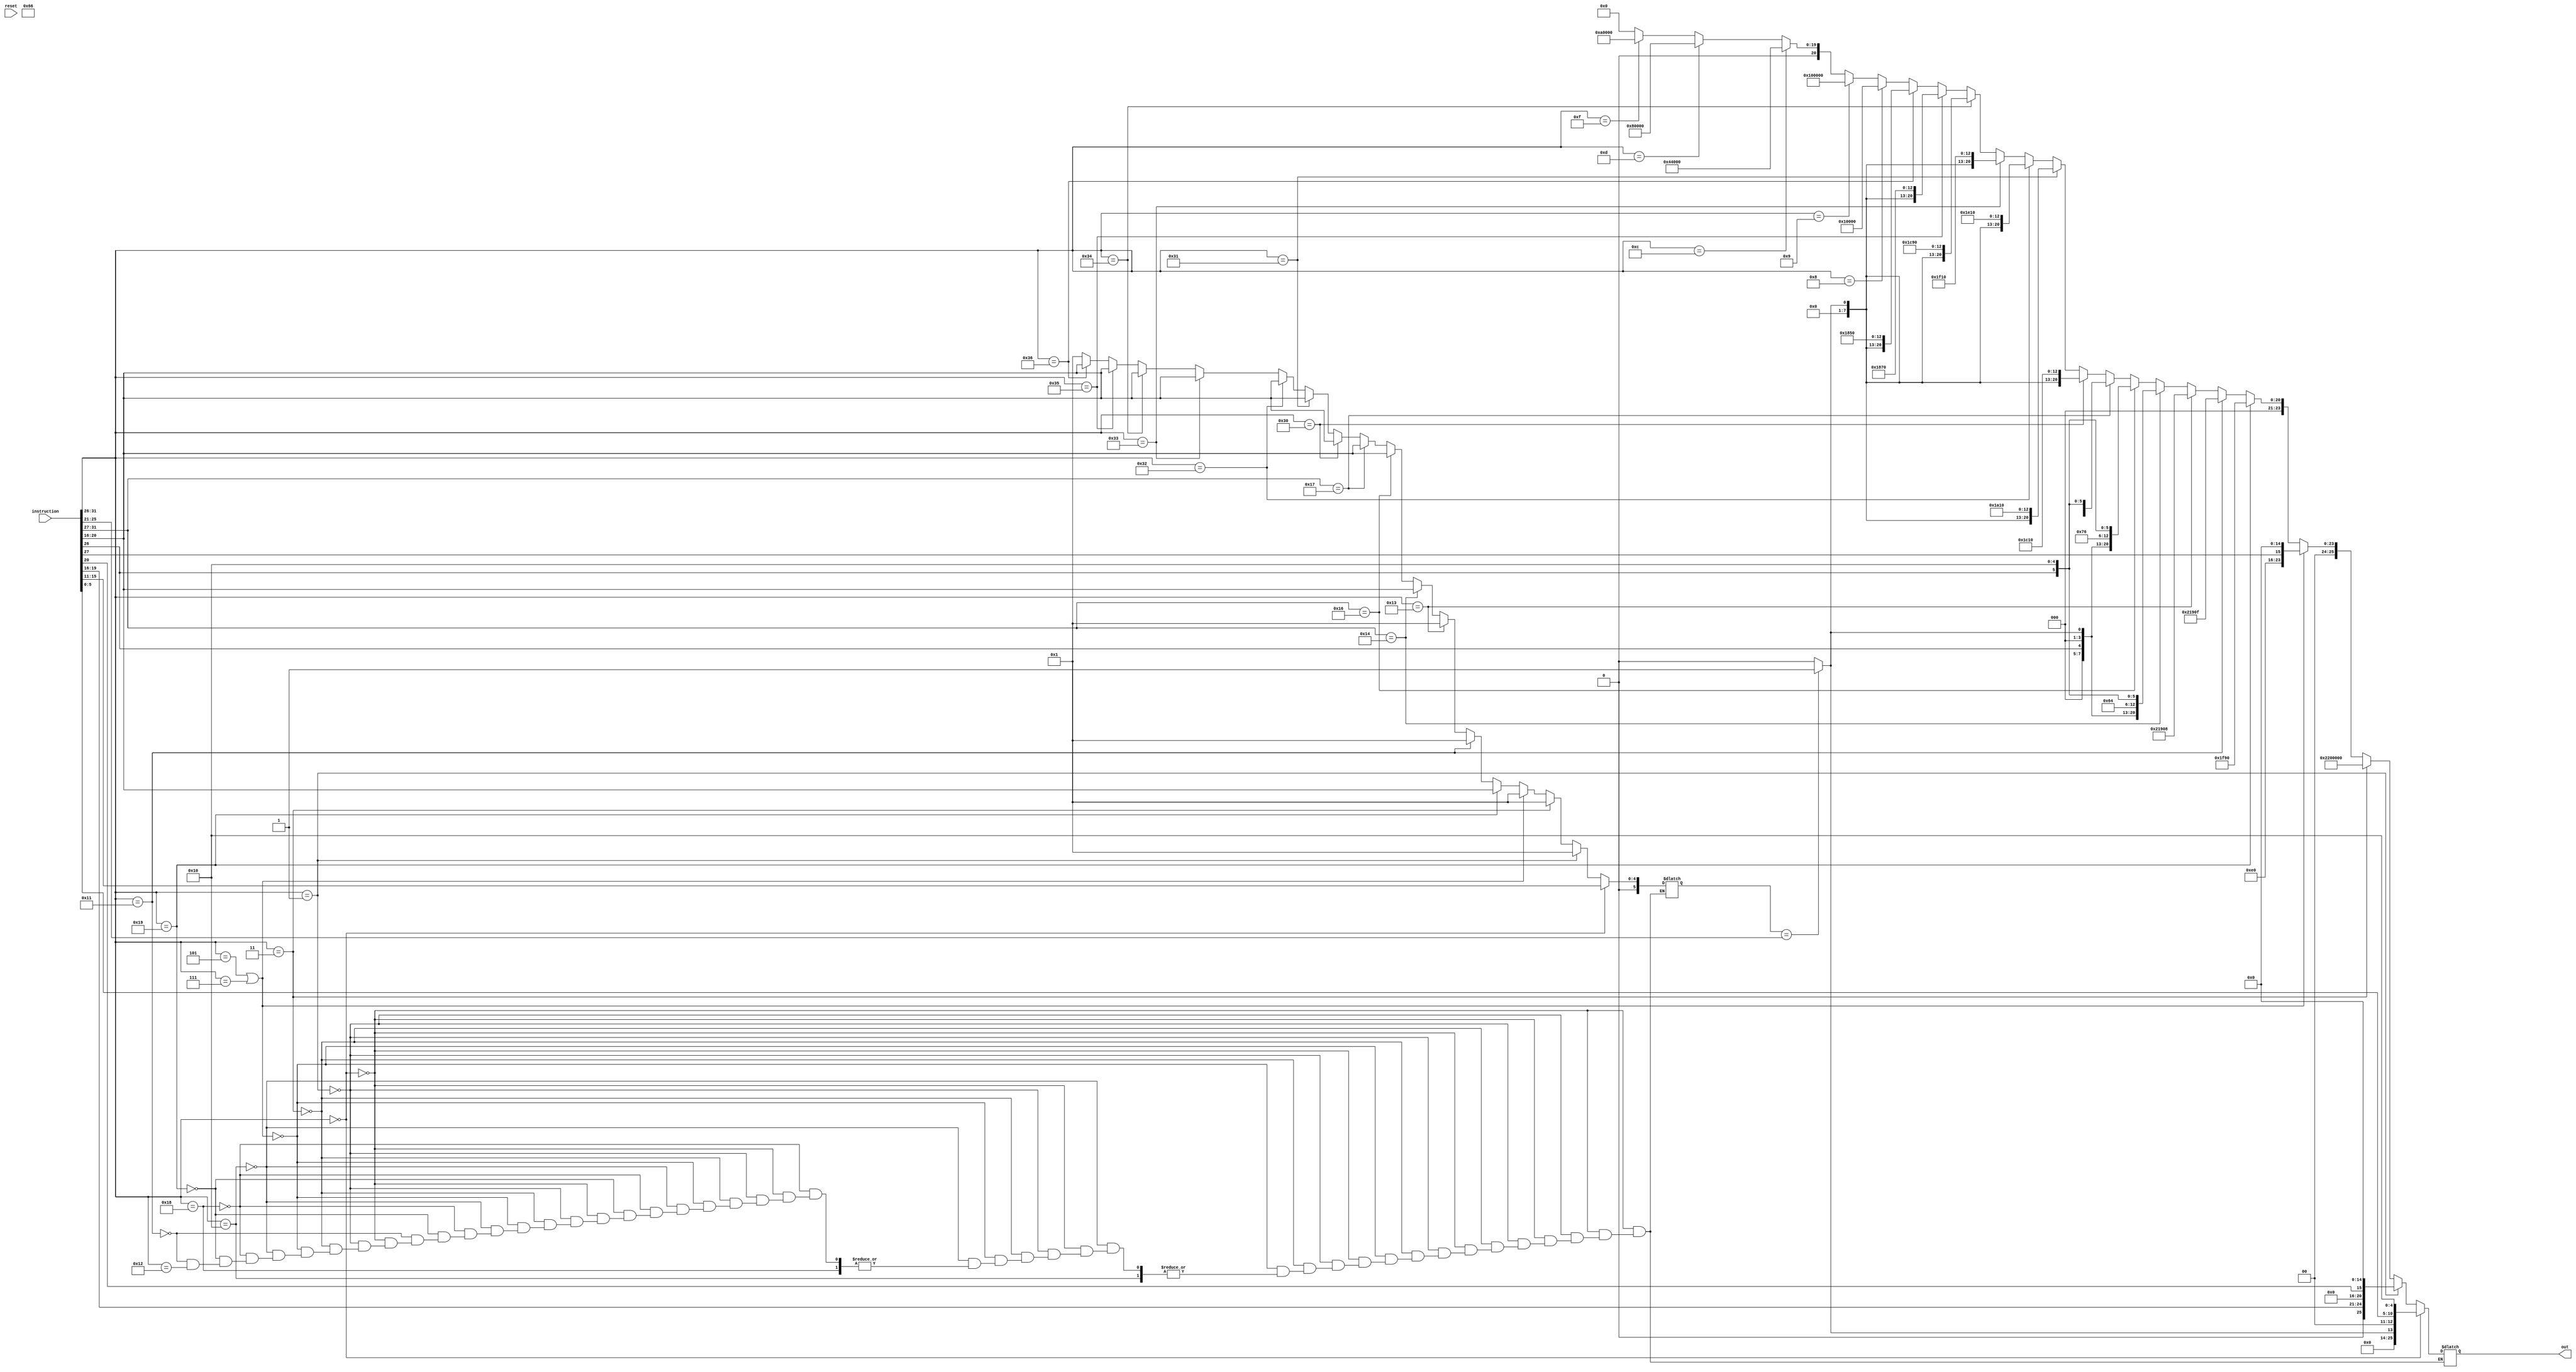
module Control(
	input [31:0]instruction,
	input reset,
	output reg [25:0]out);

	reg [5:0]reg1;
	reg bypass;

	always @(instruction) begin
		//REGUALR ALU
		if(instruction[31:26]==6'b000000) begin 
			//move instruction[5:0] as the opcode--Remember that immen does not matter
			if(reg1=={1'b0, instruction[25:21]}) begin
				bypass=1;
			end
			else begin
				bypass=0;
			end
			out={12'b000000000000, bypass, 2'b00, instruction[5:0], 5'b10000};
			reg1={1'b0, instruction[15:11]};
		end
		//REGULAR BRANCHES
		else if(instruction[31:26]==6'b000001) begin 
			out={1'b0, instruction[19:16], 5'b00000, instruction[20], 10'b0000000000, 5'b00000};
			reg1=6'b000001;
		end
		//SPECIAL BRANCHES
		else if(instruction[31:26]==6'b000011) begin //BEQ
			out={5'b10001, 7'b0000000, 9'b000000000, 5'b00000};
			reg1=6'b000001;
		end
		else if(instruction[31:26]==6'b000101 || instruction[31:26]==6'b000111) begin //J+AL
			//turn bit 14(EWrite) of control to instruction[27], saves hardware.
			out={5'b00111, 5'b00000, instruction[27], 10'b0000000000, 5'b00000};
			reg1=6'b000001;
		end
		//MEMORY INSTRUCTIONS
		else if(instruction[31:26]==6'b010000) begin //LB
			//maybe remove this instruction
		end
		else if(instruction[31:26]==6'b011000) begin //LL
			//I don't know what this is
		end
		else if(instruction[31:26]==6'b011001) begin //LUI
			out={5'b00000, 10'b0000000011, 6'b111100, 5'b10000};
			reg1={1'b0, instruction[20:16]};
		end
		else if(instruction[31:26]==6'b010001) begin //LW
			out={5'b00000, 10'b0001000011, 6'b001000, 5'b01111};
			reg1=6'b000001;
		end
		else if(instruction[31:26]==6'b010010) begin //SB
			//maybe remove this instruction
		end
		else if(instruction[31:26]==6'b010011) begin //SW
			out={5'b00000, 10'b0001000011, 6'b001000, 5'b01000};
			reg1=6'b000001;
		end
		//IMMEDIATE ALU
		else if(instruction[31:27]==5'b10100) begin //ADDI+U
			if(reg1=={1'b0, instruction[25:21]}) begin
				bypass=1;
			end
			else begin
				bypass=0;
			end
			out={5'b00000, 3'b000, instruction[26], 3'b000, bypass, 2'b11, 5'b00100, instruction[26], 5'b10000};
			reg1={1'b0, instruction[20:16]};
		end
		else if(instruction[31:27]==5'b10110) begin //SLTI+U
			if(reg1=={1'b0, instruction[25:21]}) begin
				bypass=1;
			end
			else begin
				bypass=0;
			end
			out={5'b00000, 3'b000, instruction[26], 3'b000, bypass, 2'b11, 5'b10110, instruction[26], 5'b10000};
			reg1={1'b0, instruction[20:16]};
		end
		else if(instruction[31:27]==5'b10111) begin //SUBI+U
			if(reg1=={1'b0, instruction[25:21]}) begin
				bypass=1;
			end
			else begin
				bypass=0;
			end
			out={5'b00000, 3'b000, instruction[26], 3'b000, bypass, 2'b11, 5'b00110, instruction[26], 5'b10000};
			reg1={1'b0, instruction[20:16]};
		end
		else if(instruction[31:26]==6'b110000) begin //ANDI
			if(reg1=={1'b0, instruction[25:21]}) begin
				bypass=1;
			end
			else begin
				bypass=0;
			end
			out={5'b00000, 7'b0000000, bypass, 2'b11, 6'b100000,  5'b10000};
			reg1={1'b0, instruction[20:16]};
		end
		else if(instruction[31:26]==6'b110001) begin //NORI
			if(reg1=={1'b0, instruction[25:21]}) begin
				bypass=1;
			end
			else begin
				bypass=0;
			end
			out={5'b00000, 7'b0000000, bypass, 2'b11, 6'b010000,  5'b10000};
			reg1={1'b0, instruction[20:16]};
		end
		else if(instruction[31:26]==6'b110010) begin //ORI
			if(reg1=={1'b0, instruction[25:21]}) begin
				bypass=1;
			end
			else begin
				bypass=0;
			end
			out={5'b00000, 7'b0000000, bypass, 2'b11, 6'b110000,  5'b10000};
			reg1={1'b0, instruction[20:16]};
		end
		else if(instruction[31:26]==6'b110011) begin //XORI
			if(reg1=={1'b0, instruction[25:21]}) begin
				bypass=1;
			end
			else begin
				bypass=0;
			end
			out={5'b00000, 7'b0000000, bypass, 2'b11, 6'b111000,  5'b10000};
			reg1={1'b0, instruction[20:16]};
		end
		else if(instruction[31:26]==6'b110100) begin //SLLI
			if(reg1=={1'b0, instruction[25:21]}) begin
				bypass=1;
			end
			else begin
				bypass=0;
			end
			out={5'b00000, 7'b0000000, bypass, 2'b11, 6'b100100,  5'b10000};
			reg1={1'b0, instruction[20:16]};
		end
		else if(instruction[31:26]==6'b110101) begin //SRAI
			if(reg1=={1'b0, instruction[25:21]}) begin
				bypass=1;
			end
			else begin
				bypass=0;
			end
			out={5'b00000, 7'b0000000, bypass, 2'b11, 6'b000011,  5'b10000};
			reg1={1'b0, instruction[20:16]};
		end
		else if(instruction[31:26]==6'b110110) begin //SRLI
			if(reg1=={1'b0, instruction[25:21]}) begin
				bypass=1;
			end
			else begin
				bypass=0;
			end
			out={5'b00000, 7'b0000000, bypass, 2'b11, 6'b000010,  5'b10000};
			reg1={1'b0, instruction[20:16]};
		end
		//SYSTEM CALLS
		else if(instruction[31:26]==6'b001000) begin //SLEEP
			out={5'b00000, 10'b0000100000, 6'b000000, 5'b00000};
			reg1=6'b000001;
		end
		else if(instruction[31:26]==6'b001001) begin //EXIT
			out={5'b00000, 10'b1000000000, 6'b000000, 5'b00000};
			reg1=6'b000001;
		end
		else if(instruction[31:26]==6'b001100) begin //BCPU
			out={5'b00000, 10'b0010001000, 6'b000000, 5'b00000};
			reg1=6'b000001;
		end
		else if(instruction[31:26]==6'b001101) begin //BCPUJ
			out={5'b00000, 10'b0100000000, 6'b000000, 5'b00000};
			reg1=6'b000001;
		end
		else if(instruction[31:26]==6'b001111) begin //BCPUJR
			out={5'b00000, 10'b0101000000, 6'b000000, 5'b00000};
			reg1=6'b000001;
		end
		else begin
			out=25'd0;
		 	reg1=6'b000001;
		end
	end

endmodule